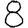
Digit: 8